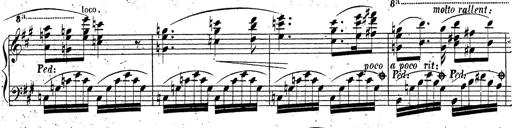
Title: Grande fantaisie sur la tyrolienne de l'opÃ©ra
Composer: Franz Liszt
Key: A major